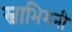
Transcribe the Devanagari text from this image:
स्वाभिमनी